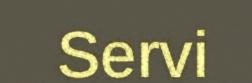
Servi